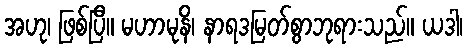
အဟု၊ ဖြစ်ပြီ။ မဟာမုနိ၊ နာရဒမြတ်စွာဘုရားသည်။ ယဒါ၊